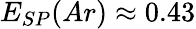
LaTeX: E_{SP}(Ar)\approx 0.43